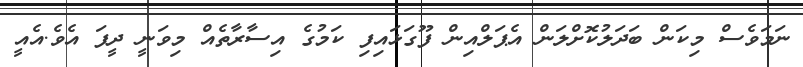
ނަމަވެސް މިކަން ބަދަލުކޮށްލަން އެޕަލްއިން ފޫގަޅައިފި ކަމުގެ އިސާރާތެއް މިވަނީ ދީފަ އެވެ.އެއީ